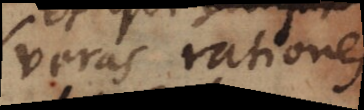
veras rationes